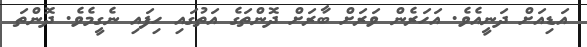
އަޑިއަށް ދަނީއެވެ. އަހަރެން ވަރަށް ބާރަށް ދޮންތަގެ އަތުގައި ހިފައި ނެގީމެވެ. ދޮންތަ